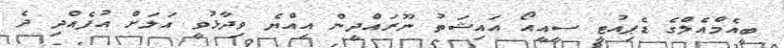
ބީއެމްއެލްގެ ޑެޕިއުޓީ ސީއީއޯ އައިޝަތު ނޫރައްދީން އިއްޔެ ވިދާޅުވީ އަލަށް އުފެއްދި ދެ